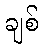
ချစ်